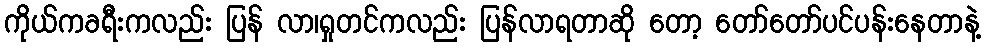
ကိုယ်ကခရီးကလည်း ပြန် လာ၊ရှုတင်ကလည်း ပြန်လာရတာဆို တော့ တော်တော်ပင်ပန်းနေတာနဲ့